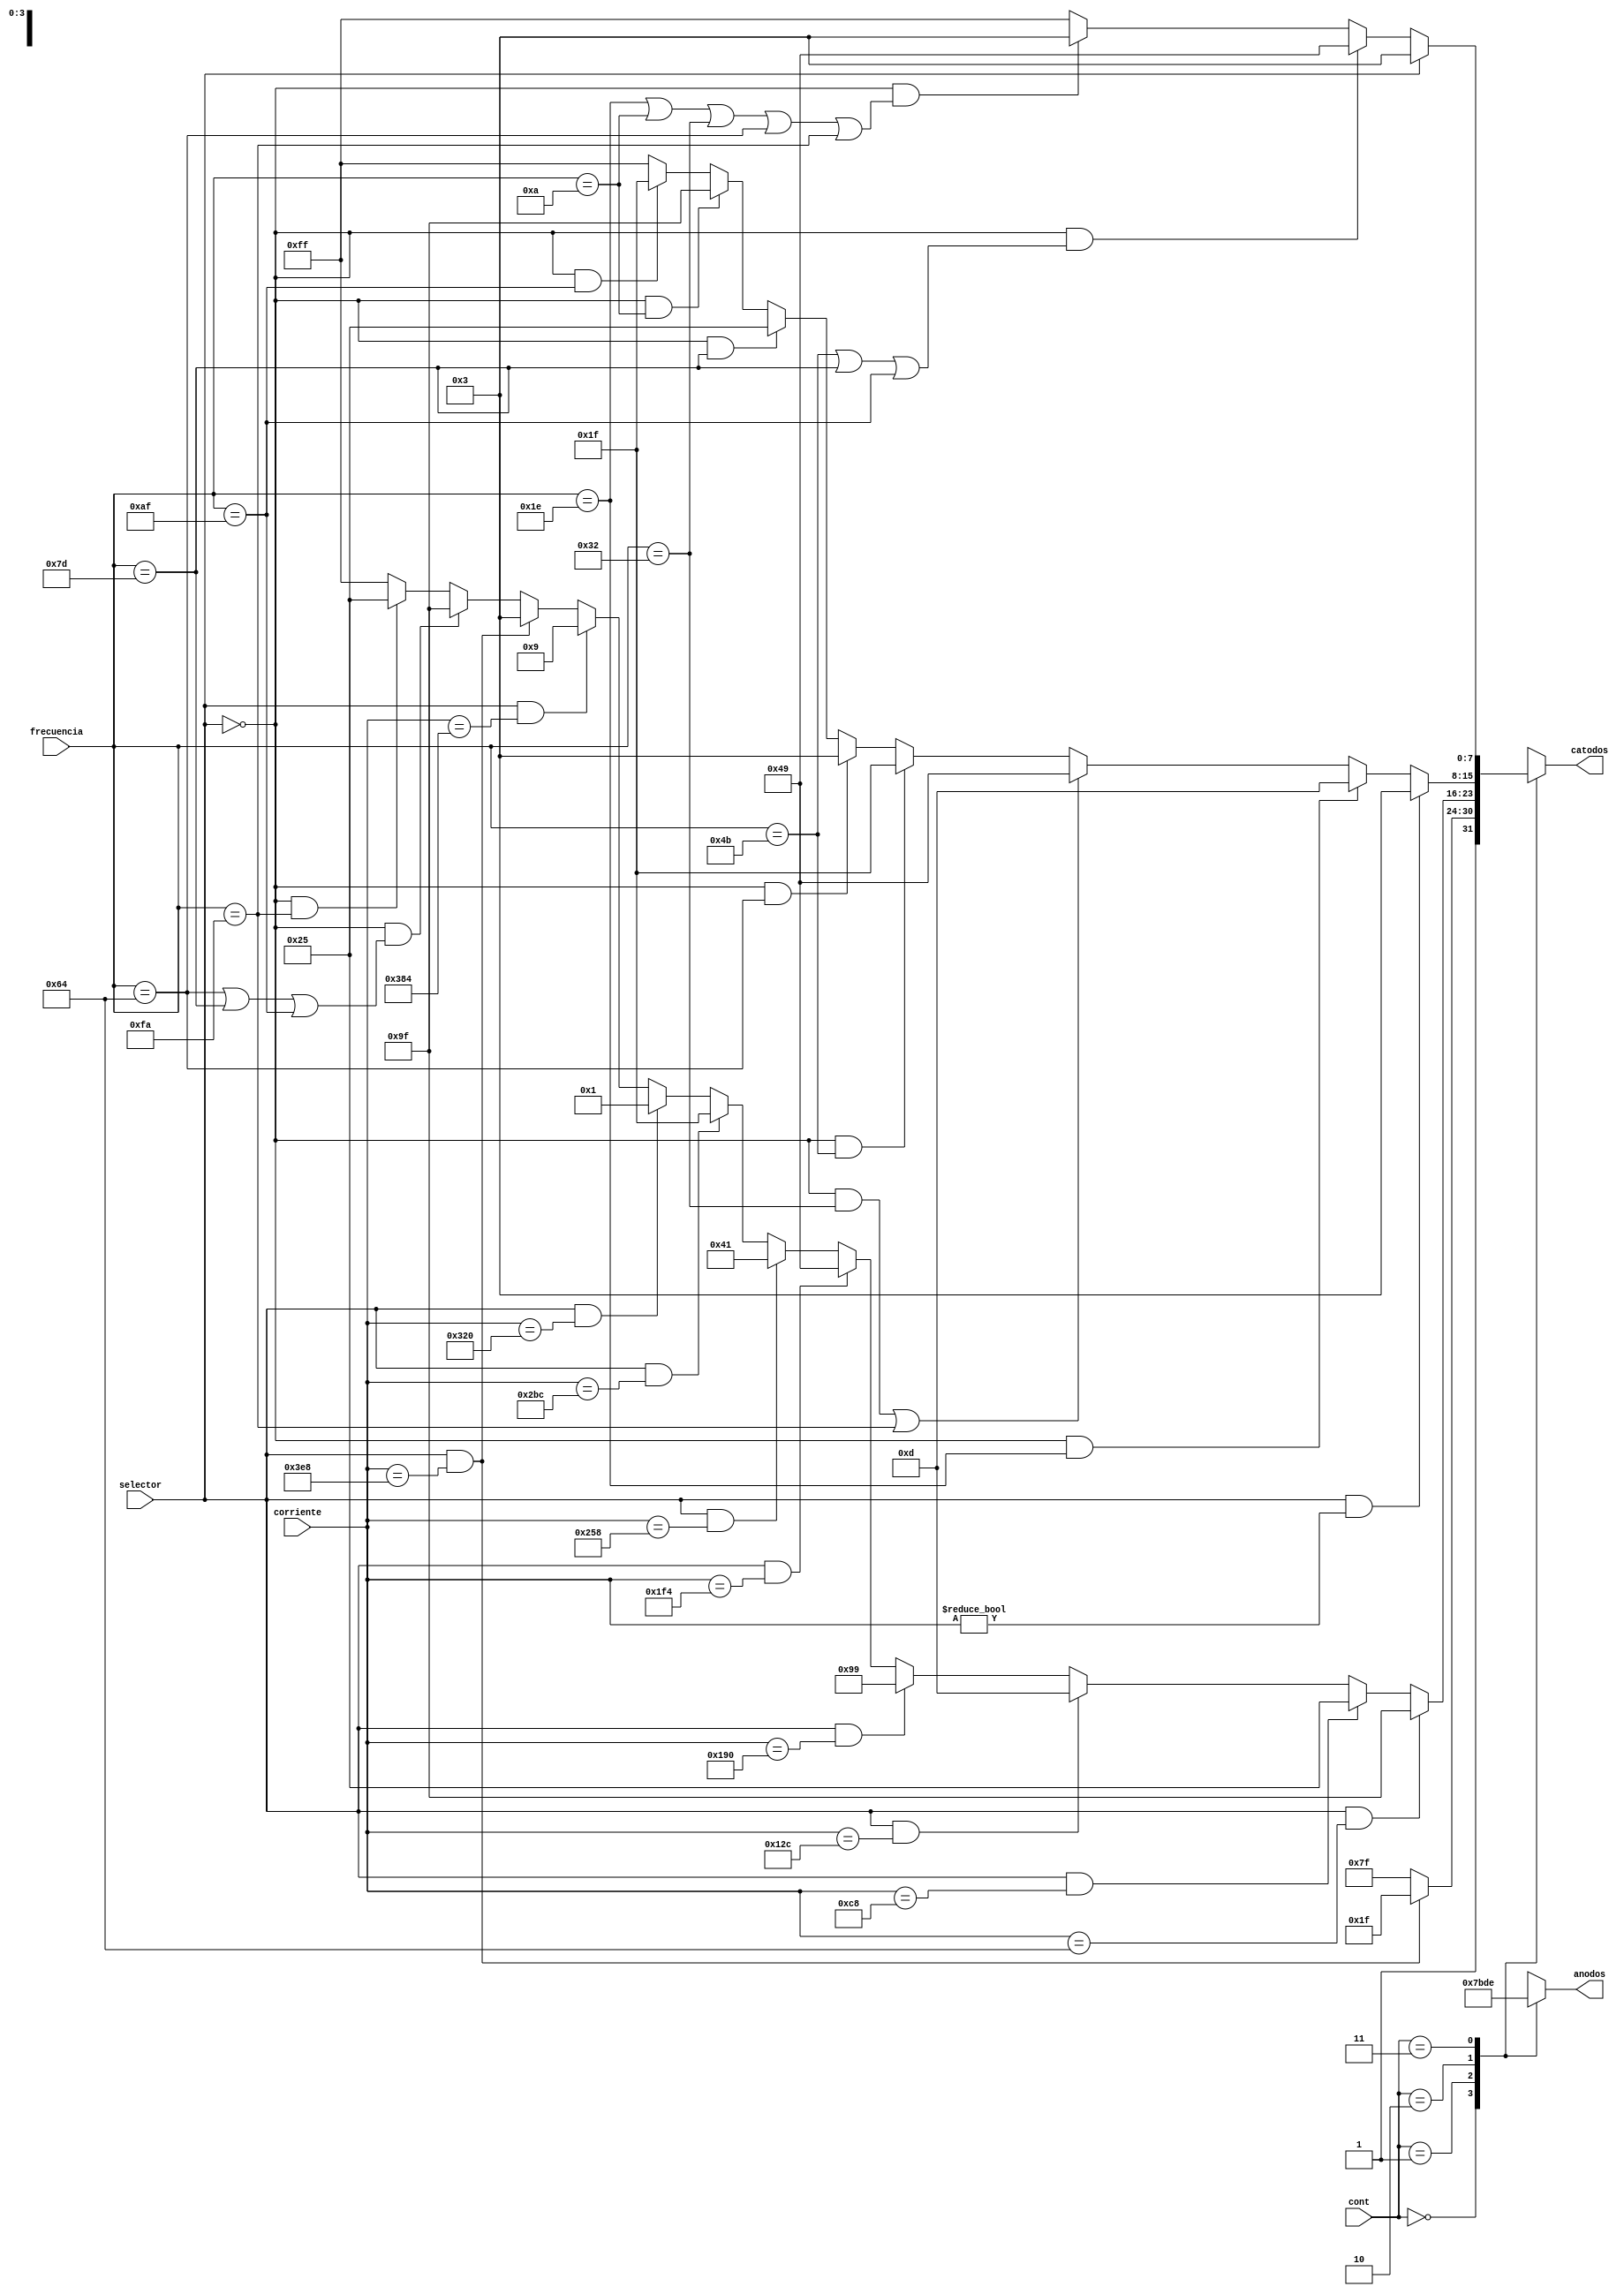
`timescale 1ns / 1ps
//////////////////////////////////////////////////////////////////////////////////
// Company: 
// Engineer: 
// 
// Design Name: 
// Module Name:    decodificador7seg 
// Project Name: 
// Target Devices: 
// Tool versions: 
// Description: 
//
// Dependencies: 
//
// Revision: 
// Revision 0.01 - File Created
// Additional Comments: 
//
//////////////////////////////////////////////////////////////////////////////////
module decodificador7seg( 
	input selector, //1 -> corriente: 0 -> frecuencia
	input [9:0] corriente,
	input [7:0]frecuencia,
	input [1:0] cont,
	output reg [7:0] catodos,
	output reg [3:0] anodos
	);
	
	always @* begin
		
		catodos = 8'b11111111;
		anodos = 4'b1111;
	
		case (cont)
			2'b00: begin
				anodos = 4'b0111; //enciende primer digito
				
				if ((selector == 1) & (corriente == 10'd1000))
					catodos = 8'b10011111;
				
			end
			
			2'b01: begin
				anodos = 4'b1011;
				
				if ((selector == 1) & (corriente == 10'd100))
					catodos = 8'b10011111;
			   else if ((selector == 1) & (corriente == 10'd200))
					catodos = 8'b00100101;
				else if ((selector == 1) & (corriente == 10'd300))
					catodos = 8'b00001101;
				else if ((selector == 1) & (corriente == 10'd400))
					catodos = 8'b10011001;
				else if ((selector == 1) & (corriente == 10'd500))
					catodos = 8'b01001001;
				else if ((selector == 1) & (corriente == 10'd600))
					catodos = 8'b01000001;
				else if ((selector == 1) & (corriente == 10'd700))
					catodos = 8'b00011111;
				else if ((selector == 1) & (corriente == 10'd800))
					catodos = 8'b00000001;
				else if ((selector == 1) & (corriente == 10'd900))
					catodos = 8'b00001001;
				else if ((selector == 1) & (corriente == 10'd1000))
					catodos = 8'b00000011;

				else if ((selector == 0) & ((frecuencia == 8'd100)| (frecuencia == 8'd125) | (frecuencia == 8'd175)))
					catodos= 8'b10011111;
				else if ((selector == 0) & (frecuencia == 8'd250))
					catodos= 8'b00100101;	
				
				

				end
			
			2'b10: begin 
				anodos = 4'b1101;
				
				if ((selector == 1) & (corriente != 10'd0))
					catodos = 8'b00000011;
				else if ((selector == 0) & (frecuencia == 8'd30))
					catodos= 8'b00001101;
				else if ((selector == 0) & (frecuencia == 8'd50)| (frecuencia == 8'd250))
					catodos= 8'b01001001;
				else if ((selector == 0) & (frecuencia == 8'd75))
					catodos= 8'b00011111;
				else if ((selector == 0) & (frecuencia == 8'd100)) 
					catodos= 8'b00000011;
				else if ((selector == 0) & (frecuencia == 8'd125))
					catodos= 8'b00100101;
				else if ((selector == 0) & (frecuencia == 8'd10))
					catodos= 8'b10011111;
				else if ((selector == 0) & (frecuencia == 8'd175))
					catodos= 8'b00011111;
			end
			
			2'b11: begin 
				anodos = 4'b1110;
				if ((selector == 1))
					catodos = 8'b00000011;
				else if ((selector == 0) & ((frecuencia == 8'd75) | (frecuencia == 8'd125) | (frecuencia == 8'd175)))
					catodos= 8'b01001001;
				else if ((selector == 0) & ((frecuencia == 8'd30) |(frecuencia == 8'd10) | (frecuencia == 8'd50) | (frecuencia == 8'd100) | 
				(frecuencia == 8'd250)))
					catodos= 8'b00000011;

			
			end
		endcase
	end


endmodule